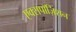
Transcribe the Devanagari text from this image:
एक्सपॉज़िशन